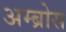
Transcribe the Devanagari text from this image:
अम्ब्रोस